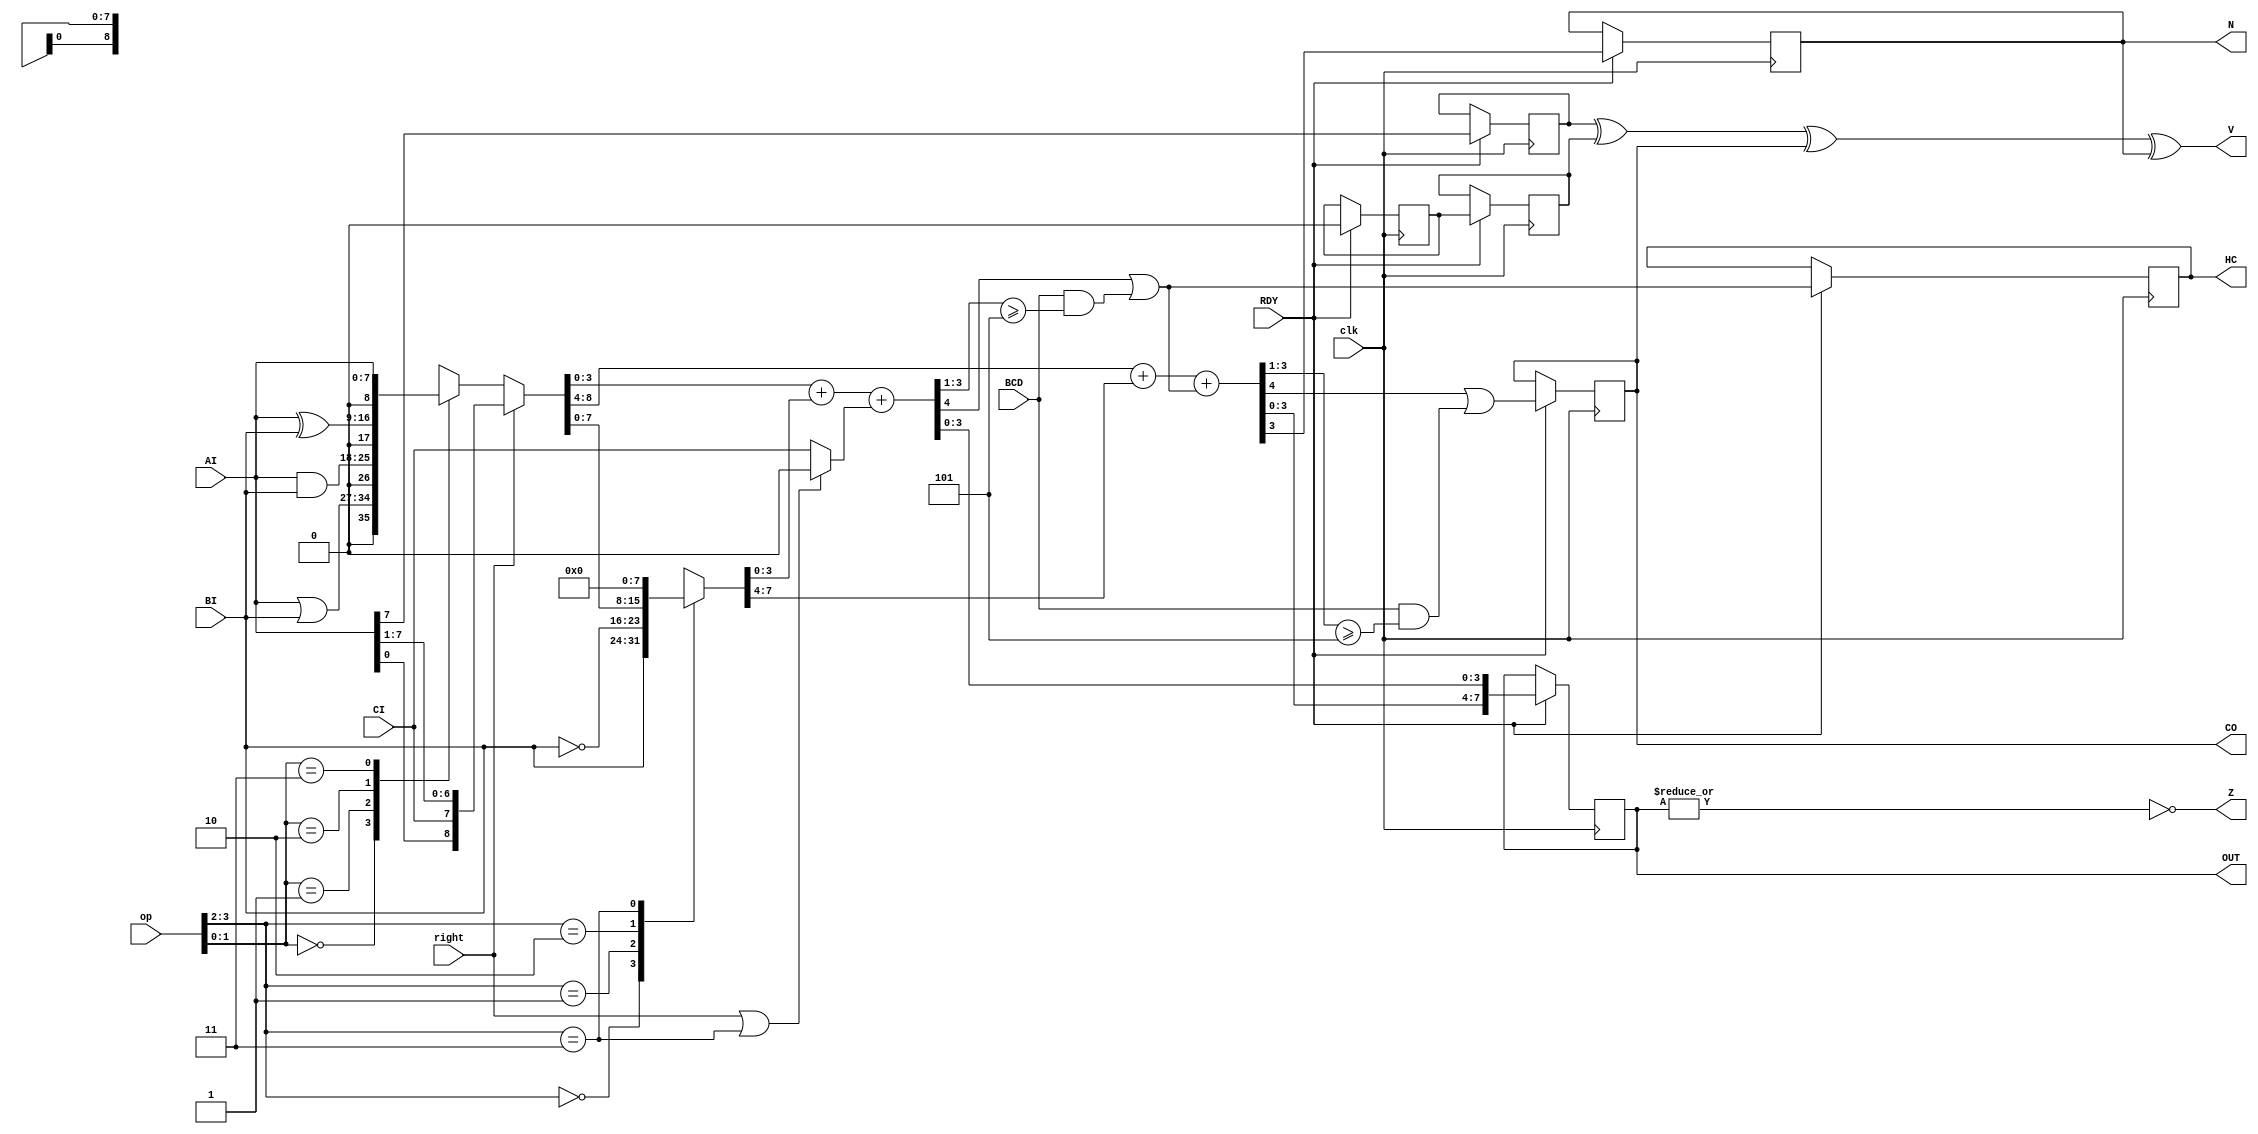
/*
 * ALU.
 *
 * AI and BI are 8 bit inputs. Result in OUT.
 * CI is Carry In.
 * CO is Carry Out.
 *
 * op[3:0] is defined as follows:
 *
 * 0011   AI + BI
 * 0111   AI - BI
 * 1011   AI + AI
 * 1100   AI | BI
 * 1101   AI & BI
 * 1110   AI ^ BI
 * 1111   AI
 *
 */

 /**
	75,76,77,78,107
 */

module ALU( clk, op, right, AI, BI, CI, CO, BCD, OUT, V, Z, N, HC, RDY );
	input clk;
	input right;
	input [3:0] op;		// operation
	input [7:0] AI;
	input [7:0] BI;
	input CI;
	input BCD;		// BCD style carry
	output [7:0] OUT;
	output CO;
	output V;
	output Z;
	output N;
	output HC;
	input RDY;

reg [7:0] OUT;
reg CO;
wire V;
wire Z;
reg N;
reg HC;

reg AI7;
reg BI7;
reg [8:0] temp_logic;
reg [7:0] temp_BI;
reg [4:0] temp_l;
reg [4:0] temp_h;
wire [8:0] temp = { temp_h, temp_l[3:0] };
wire adder_CI = (right | (op[3:2] == 2'b11)) ? 0 : CI;

// calculate the logic operations. The 'case' can be done in 1 LUT per
// bit. The 'right' shift is a simple mux that can be implemented by
// F5MUX.
always @*  begin
	case( op[1:0] )
	    2'b00: temp_logic = AI | BI;
	    2'b01: temp_logic = AI & BI;
	    2'b10: temp_logic = AI ^ BI;
	    2'b11: temp_logic = AI;
	endcase

	if( right )
	    temp_logic = { AI[0], CI, AI[7:1] };
end

// Add logic result to BI input. This only makes sense when logic = AI.
// This stage can be done in 1 LUT per bit, using carry chain logic.
always @* begin
	case( op[3:2] )
	    2'b00: temp_BI = BI;	// A+B
	    2'b01: temp_BI = ~BI;	// A-B
	    2'b10: temp_BI = temp_logic;	// A+A
	    2'b11: temp_BI = 0;		// A+0
	endcase	
end

// HC9 is the half carry bit when doing BCD add
wire HC9 = BCD & (temp_l[3:1] >= 3'd5);

// CO9 is the carry-out bit when doing BCD add
wire CO9 = BCD & (temp_h[3:1] >= 3'd5);

// combined half carry bit
wire temp_HC = temp_l[4] | HC9;

// perform the addition as 2 separate nibble, so we get
// access to the half carry flag
always @* begin
	temp_l = temp_logic[3:0] + temp_BI[3:0] + adder_CI;
	temp_h = temp_logic[8:4] + temp_BI[7:4] + temp_HC;
end

// calculate the flags 
always @(posedge clk)
    if( RDY ) begin
	AI7 <= AI[7];
	BI7 <= temp_BI[7];
	OUT <= temp[7:0];
	CO  <= temp[8] | CO9;
	N   <= temp[7];
	HC  <= temp_HC;
	temp_BI[7] <= 0;
    end

assign V = AI7 ^ BI7 ^ CO ^ N;
assign Z = ~|OUT;

endmodule